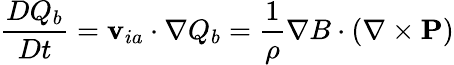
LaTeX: \frac{DQ_{b}}{Dt}={\mathbf v}_{ia}\cdot\nabla Q_{b}=\frac{1}{\rho}\nabla B\cdot(\nabla\times{\mathbf P})